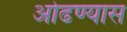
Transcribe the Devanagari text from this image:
ओढण्यास